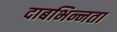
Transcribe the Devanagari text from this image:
दाबभिन्नता